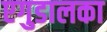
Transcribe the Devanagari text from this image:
एगुडालका